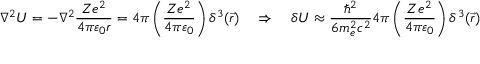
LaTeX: \nabla ^ { 2 } U = - \nabla ^ { 2 } { \frac { Z e ^ { 2 } } { 4 \pi \varepsilon _ { 0 } r } } = 4 \pi \left( { \frac { Z e ^ { 2 } } { 4 \pi \varepsilon _ { 0 } } } \right) \delta ^ { 3 } ( { \vec { r } } ) \quad \Rightarrow \quad \delta U \approx { \frac { \hbar ^ { 2 } } { 6 m _ { e } ^ { 2 } c ^ { 2 } } } 4 \pi \left( { \frac { Z e ^ { 2 } } { 4 \pi \varepsilon _ { 0 } } } \right) \delta ^ { 3 } ( { \vec { r } } )